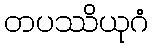
တပဿိယုဂံ